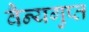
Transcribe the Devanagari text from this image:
वैन्यगुप्त